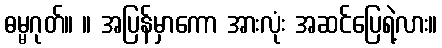
ဓမ္မဂုတ်။ ။ အပြန်မှာကော အားလုံး အဆင်ပြေရဲ့လား။